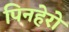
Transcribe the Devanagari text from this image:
पिनहेरो